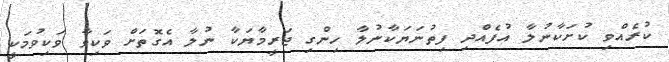
ކުރެއްވި ކުށަކާނުލާ އުފެއްދި ފިތުނަޔަކާނުލާ ހިންގި ޖަރީމާޔަކާ ނުލާ އެގޮތަށް ވަކިވާ ވަކިވުމަކީ